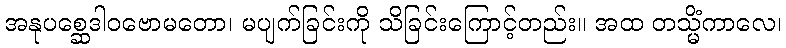
အနုပစ္ဆေဒါဝဗောမတော၊ မပျက်ခြင်းကို သိခြင်းကြောင့်တည်း။ အထ တသ္မိံကာလေ၊